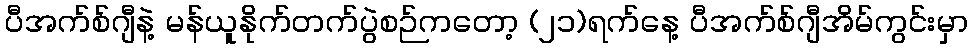
ပီအက်စ်ဂျီနဲ့ မန်ယူနိုက်တက်ပွဲစဉ်ကတော့ (၂၁)ရက်နေ့ ပီအက်စ်ဂျီအိမ်ကွင်းမှာ